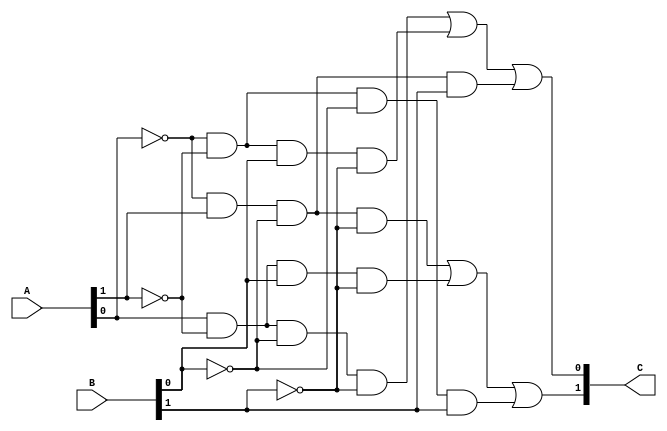
/*
    Copyright 2011, City University of Hong Kong
    Author is Homer (Dongsheng) Hsing.

    This file is part of Tate Bilinear Pairing Core.

    Tate Bilinear Pairing Core is free software: you can redistribute it and/or modify
    it under the terms of the GNU Lesser General Public License as published by
    the Free Software Foundation, either version 3 of the License, or
    (at your option) any later version.

    Tate Bilinear Pairing Core is distributed in the hope that it will be useful,
    but WITHOUT ANY WARRANTY; without even the implied warranty of
    MERCHANTABILITY or FITNESS FOR A PARTICULAR PURPOSE.  See the
    GNU Lesser General Public License for more details.

    You should have received a copy of the GNU Lesser General Public License
    along with Tate Bilinear Pairing Core.  If not, see http://www.gnu.org/licenses/lgpl.txt
*/

// f3_add: C == A+B (mod 3)
module f3_add(A, B, C);
    input [1:0] A, B;
    output [1:0] C;
    wire a0, a1, b0, b1, c0, c1;
    assign {a1, a0} = A;
    assign {b1, b0} = B;
    assign C = {c1, c0};
    assign c0 = ( a0 & ~a1 & ~b0 & ~b1) |
                (~a0 & ~a1 &  b0 & ~b1) |
                (~a0 &  a1 & ~b0 &  b1) ;
    assign c1 = (~a0 &  a1 & ~b0 & ~b1) |
                ( a0 & ~a1 &  b0 & ~b1) |
                (~a0 & ~a1 & ~b0 &  b1) ;
endmodule

// f3_sub: C == A-B (mod 3)
module f3_sub(A, B, C);
    input [1:0] A, B;
    output [1:0] C;
    f3_add m1(A, {B[0], B[1]}, C);
endmodule

// f3_mult: C = A*B (mod 3)
module f3_mult(A, B, C); 
    input [1:0] A;
    input [1:0] B; 
    output [1:0] C;
    wire a0, a1, b0, b1;
    assign {a1, a0} = A;
    assign {b1, b0} = B;
    assign C[0] = (~a1 & a0 & ~b1 & b0) | (a1 & ~a0 & b1 & ~b0);
    assign C[1] = (~a1 & a0 & b1 & ~b0) | (a1 & ~a0 & ~b1 & b0);
endmodule

// c == a+1 (mod 3)
module f3_add1(a, c);
    input [1:0] a;
    output [1:0] c;
    assign c[0] = (~a[0]) & (~a[1]);
    assign c[1] = a[0] & (~a[1]);
endmodule

// c == a-1 (mod 3)
module f3_sub1(a, c);
    input [1:0] a;
    output [1:0] c;
    assign c[0] = (~a[0]) & a[1];
    assign c[1] = (~a[0]) & (~a[1]);
endmodule